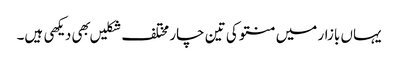
یہاں بازار میں منتو کی تین چار مختلف شکلیں بهی دیکهی ہیں۔